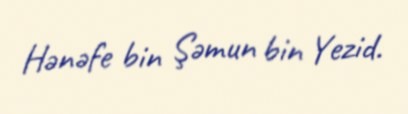
Hənəfe bin Şəmun bin Yezid.